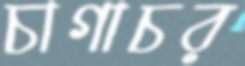
চাগাচর